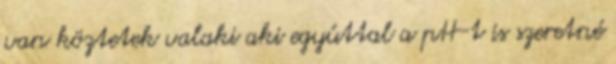
van köztetek valaki aki egyúttal a pH-t is szeretné